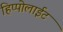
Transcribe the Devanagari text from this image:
हिप्पोलाईट